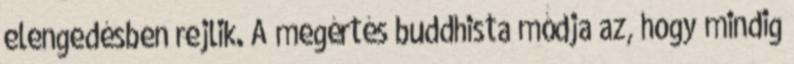
elengedésben rejlik. A megértés buddhista módja az, hogy mindig